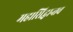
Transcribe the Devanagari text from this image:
महासिद्धान्तच